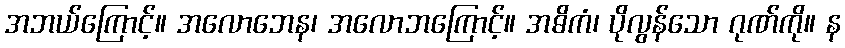
အဘယ်ကြောင့်။ အလောဘေန၊ အလောဘကြောင့်။ အဓိကံ၊ ပိုလွန်သော ဂုဏ်ကို။ န